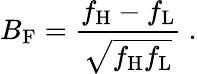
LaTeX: B_{\mathrm{F}}={\frac{f_{\mathrm{H}}-f_{\mathrm{L}}}{\sqrt{f_{\mathrm{H}}f_{\mathrm{L}}}}}\ .